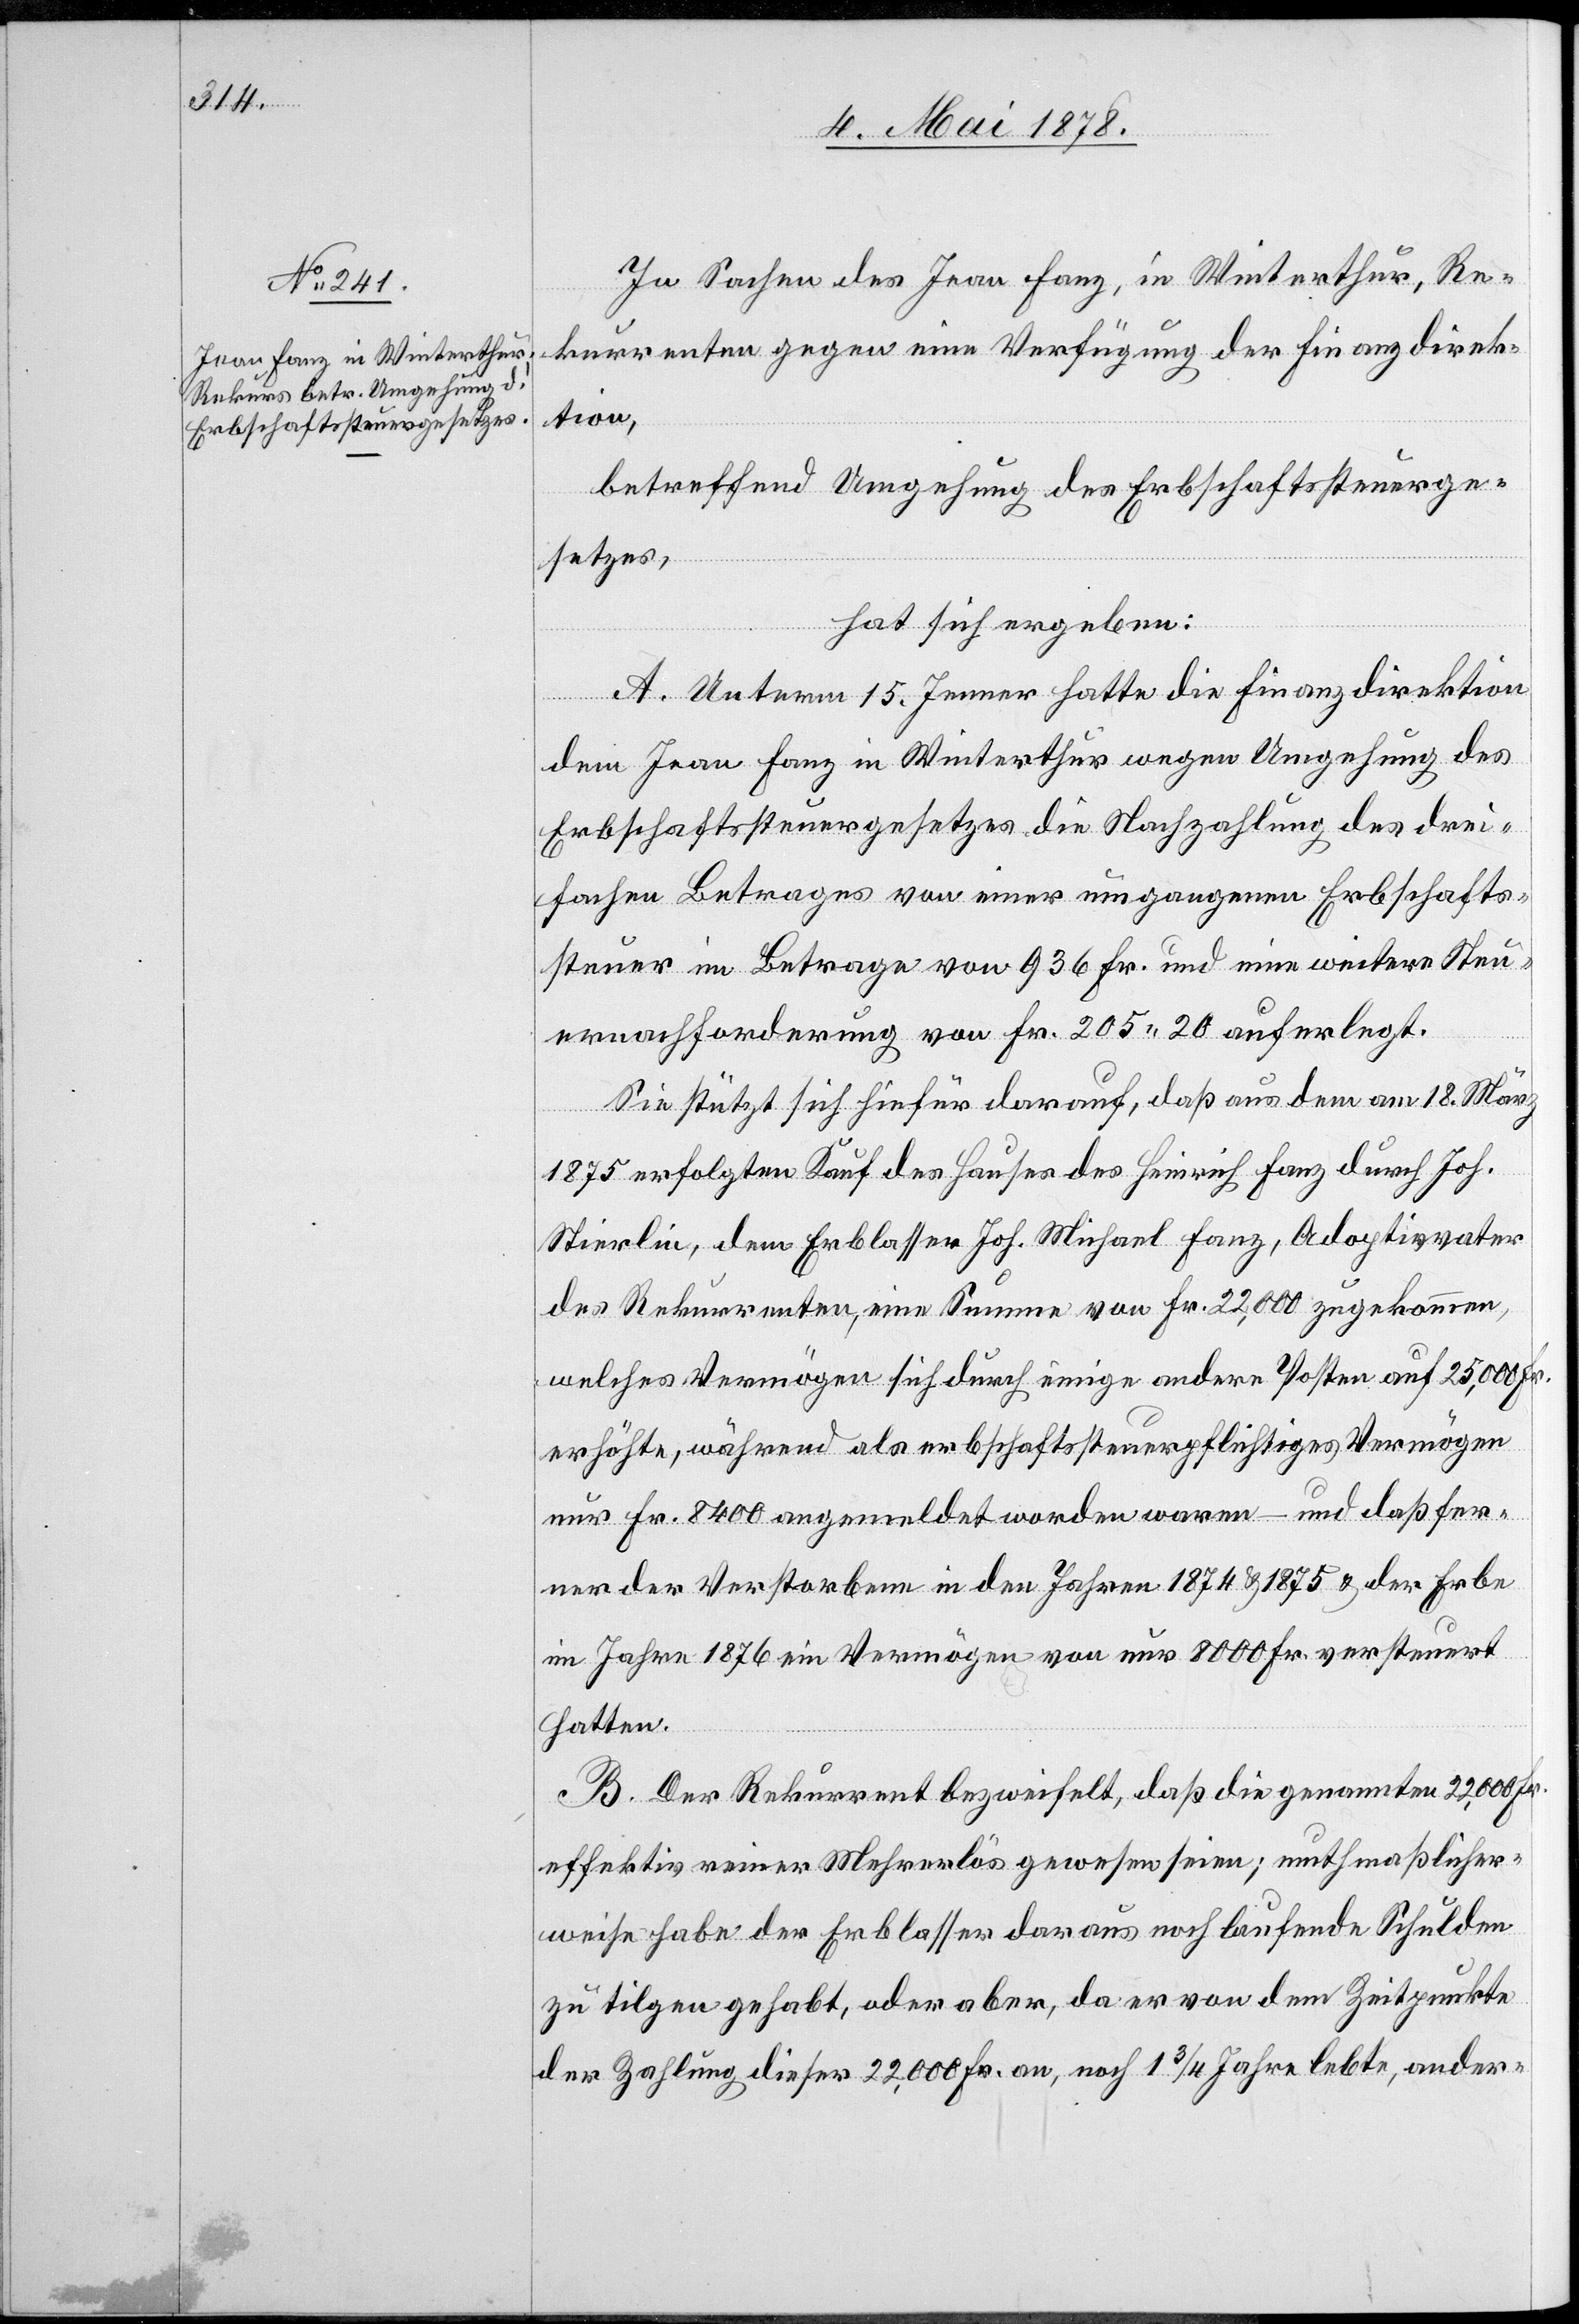
In Sachen des Jean Fanz, in Winterthur, Re¬
kurrenten gegen eine Verfügung der Finanzdirek¬
tion,
betreffend Umgehung des Erbschaftssteuerge¬
setzes,
hat sich ergeben:
A. Unterm 15. Jenner hatte die Finanzdirektion
dem Jean Fanz in Winterthur wegen Umgehung des
Erbschaftssteuergesetzes die Nachzahlung des drei¬
fachen Betrages von einer umgangenen Erbschafts¬
steuer im Betrage von 936 Fr. und eine weitere Steu¬
ernachforderung von Fr. 205.20 auferlegt.
Sie stützt sich hiefür darauf, daß aus dem am 18. März
1875 erfolgten Kauf des Hauses des Heinrich Fanz durch Joh.
Stierlin, dem Erblasser Joh. Michael Fanz, Adoptivvater
des Rekurrenten, eine Summe von Fr. 22,000 zugekommen,
welches Vermögen sich durch einige andere Posten auf 25,000 Fr.
erhöhte, während als erbschaftssteuerpflichtiges Vermögen
nur Fr. 8400 angemeldet worden waren – und daß fer¬
ner der Verstorbene in den Jahren 1874 & 1875 & der Erbe
im Jahre 1876 ein Vermögen von nur 8000 Fr. versteuert
hatten.
B. Der Rekurrent bezweifelt, daß die genannten 22,000 Fr.
effektiv reiner Mehrerlös gewesen seien; muthmaßlicher¬
weise habe der Erblasser daraus noch laufende Schulden
zu tilgen gehabt, oder aber, da er von dem Zeitpunkte
der Zahlung dieser 22,000 Fr. an, noch 1 3/4 Jahre lebte, ander-